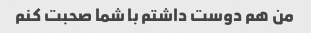
من هم دوست داشتم با شما صحبت کنم